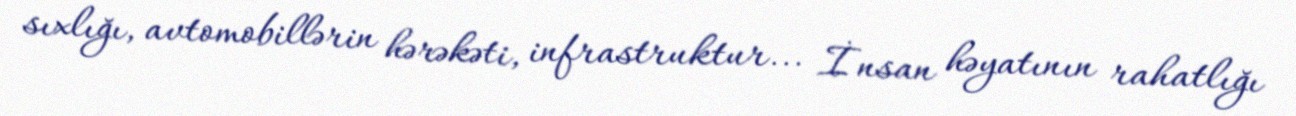
sıxlığı, avtomobillərin hərəkəti, infrastruktur... İnsan həyatının rahatlığı